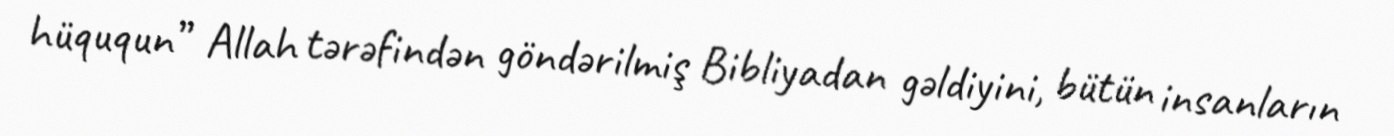
hüququn” Allah tərəfindən göndərilmiş Bibliyadan gəldiyini, bütün insanların